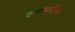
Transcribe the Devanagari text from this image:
श्यामसिंग